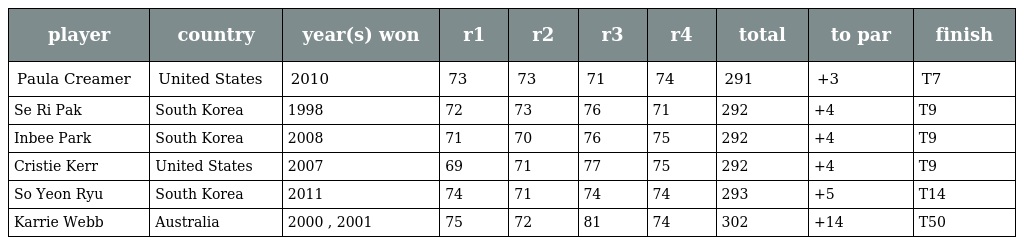
| player | country | year(s) won | r1 | r2 | r3 | r4 | total | to par | finish |
 | --- | --- | --- | --- | --- | --- | --- | --- | --- | --- |
 | Paula Creamer | United States | 2010 | 73 | 73 | 71 | 74 | 291 | +3 | T7 |
 | Se Ri Pak | South Korea | 1998 | 72 | 73 | 76 | 71 | 292 | +4 | T9 |
 | Inbee Park | South Korea | 2008 | 71 | 70 | 76 | 75 | 292 | +4 | T9 |
 | Cristie Kerr | United States | 2007 | 69 | 71 | 77 | 75 | 292 | +4 | T9 |
 | So Yeon Ryu | South Korea | 2011 | 74 | 71 | 74 | 74 | 293 | +5 | T14 |
 | Karrie Webb | Australia | 2000 , 2001 | 75 | 72 | 81 | 74 | 302 | +14 | T50 |